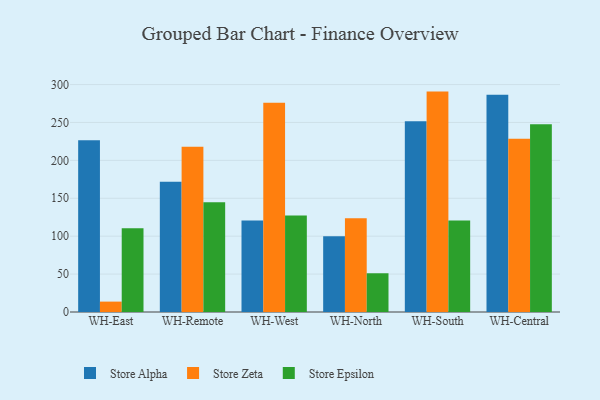
{"axis": {"x": "Warehouse", "y": "Market Share (%)"}, "legend": ["Store Alpha", "Store Epsilon", "Store Zeta"], "data": [{"x": "WH-East", "y": 226.6, "type": "Store Alpha"}, {"x": "WH-East", "y": 13.7, "type": "Store Zeta"}, {"x": "WH-East", "y": 110.6, "type": "Store Epsilon"}, {"x": "WH-Remote", "y": 171.8, "type": "Store Alpha"}, {"x": "WH-Remote", "y": 218.0, "type": "Store Zeta"}, {"x": "WH-Remote", "y": 144.9, "type": "Store Epsilon"}, {"x": "WH-West", "y": 120.7, "type": "Store Alpha"}, {"x": "WH-West", "y": 276.1, "type": "Store Zeta"}, {"x": "WH-West", "y": 127.3, "type": "Store Epsilon"}, {"x": "WH-North", "y": 99.9, "type": "Store Alpha"}, {"x": "WH-North", "y": 123.5, "type": "Store Zeta"}, {"x": "WH-North", "y": 51.1, "type": "Store Epsilon"}, {"x": "WH-South", "y": 251.7, "type": "Store Alpha"}, {"x": "WH-South", "y": 290.7, "type": "Store Zeta"}, {"x": "WH-South", "y": 120.6, "type": "Store Epsilon"}, {"x": "WH-Central", "y": 286.6, "type": "Store Alpha"}, {"x": "WH-Central", "y": 228.5, "type": "Store Zeta"}, {"x": "WH-Central", "y": 247.7, "type": "Store Epsilon"}]}